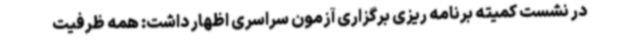
در نشست کمیته برنامه ریزی برگزاری آزمون سراسری اظهار داشت: همه ظرفیت